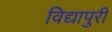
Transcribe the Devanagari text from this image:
विद्यापुरी